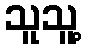
သူသူ့